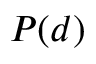
P ( d )